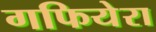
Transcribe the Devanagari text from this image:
गफियेरा